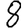
Digit: 8